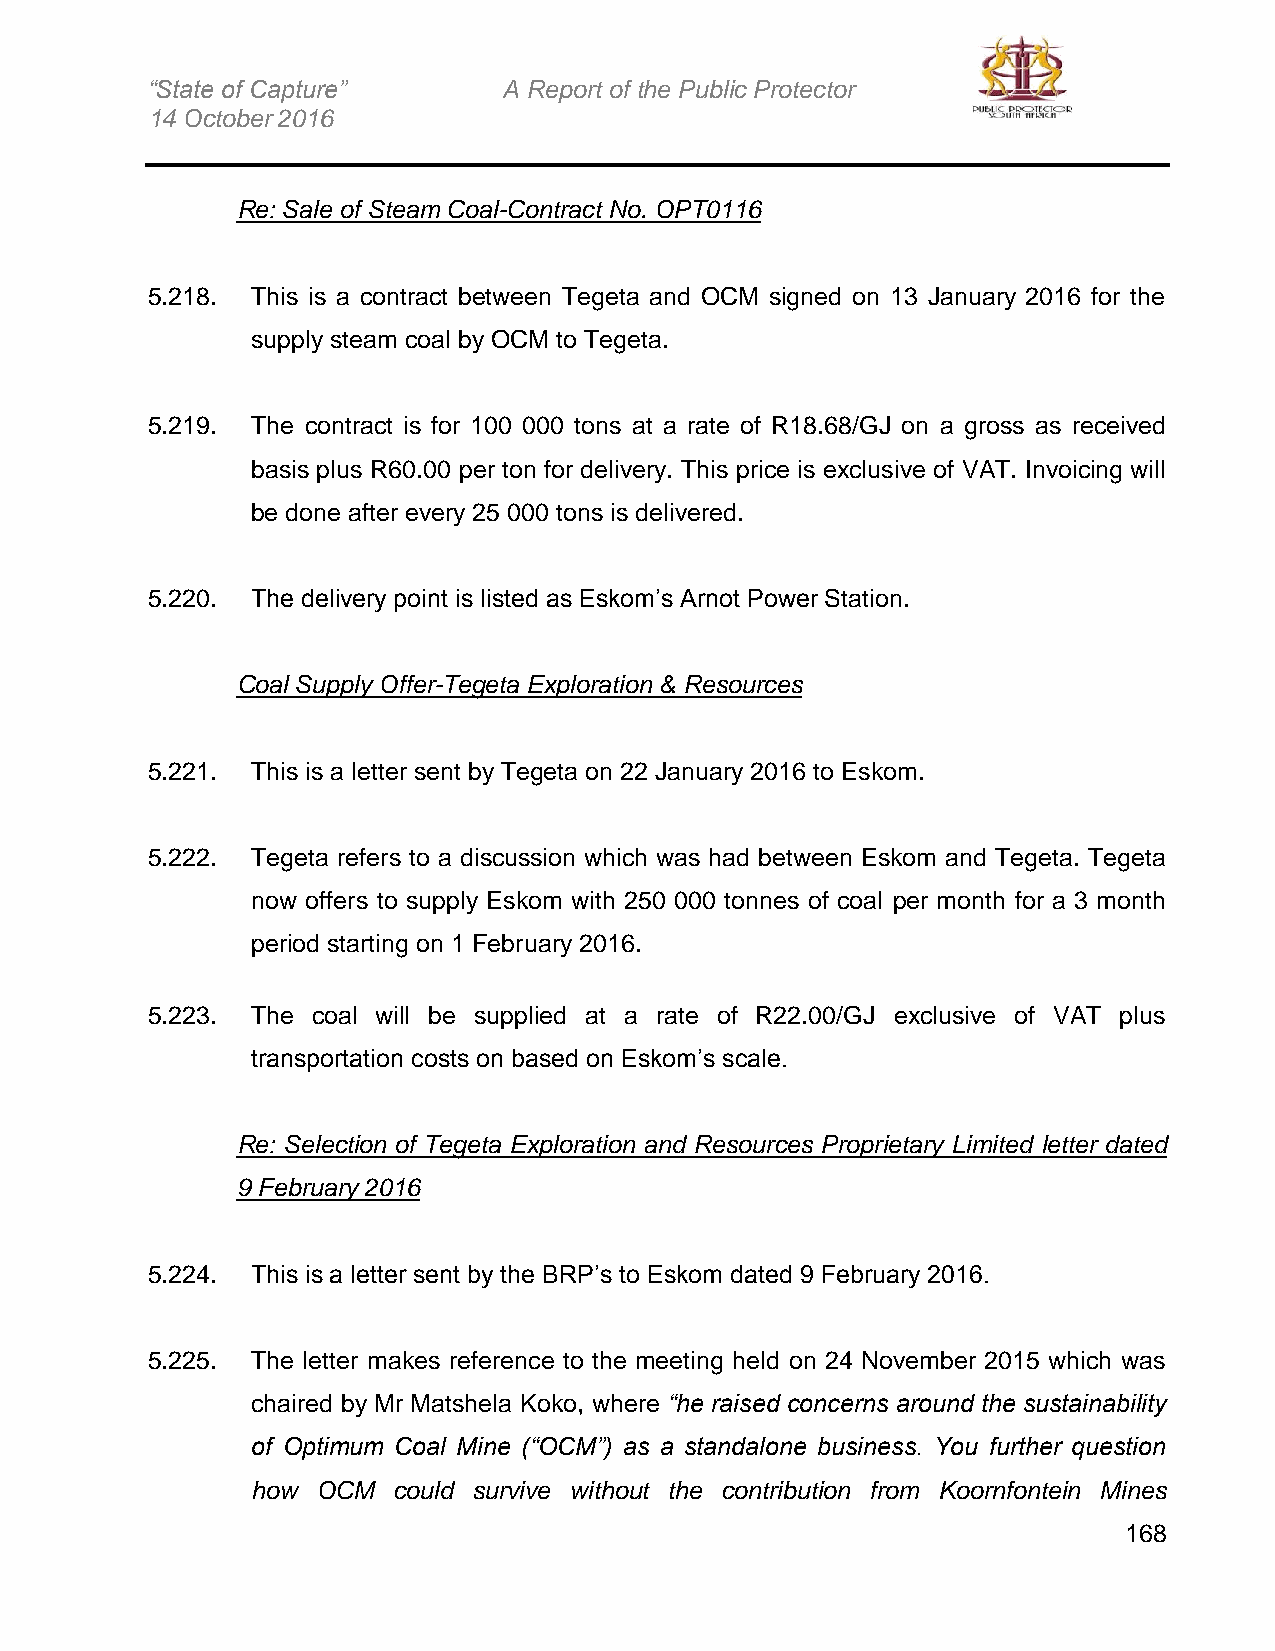
“State of Capture”     A Report of the Public Protector
 14 October 2016
 Re: Sale of Steam Coal-Contract No. OPT0116
 5.218. This is a contract between Tegeta and OCM signed on 13 January 2016 for the
 supply steam coal by OCM to Tegeta.
 5.219. The contract is for 100 000 tons at a rate of R18.68/GJ on a gross as received
 basis plus R60.00 per ton for delivery. This price is exclusive of VAT. Invoicing will
 be done after every 25 000 tons is delivered.
 5.220. The delivery point is listed as Eskom’s Arnot Power Station.
 Coal Supply Offer-Tegeta Exploration & Resources
 5.221. This is a letter sent by Tegeta on 22 January 2016 to Eskom.
 5.222. Tegeta refers to a discussion which was had between Eskom and Tegeta. Tegeta
 now offers to supply Eskom with 250 000 tonnes of coal per month for a 3 month
 period starting on 1 February 2016.
 5.223. The coal will be supplied at a rate of R22.00/GJ exclusive of VAT plus
 transportation costs on based on Eskom’s scale.
 Re: Selection of Tegeta Exploration and Resources Proprietary Limited letter dated
 9 February 2016
 5.224. This is a letter sent by the BRP’s to Eskom dated 9 February 2016.
 5.225. The letter makes reference to the meeting held on 24 November 2015 which was
 chaired by Mr Matshela Koko, where “he raised concerns around the sustainability
 of Optimum Coal Mine (“OCM”) as a standalone business. You further question
 how OCM  could survive without the contribution from Koornfontein Mines
 168